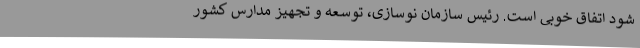
شود اتفاق خوبی است. رئیس سازمان نوسازی، توسعه و تجهیز مدارس کشور